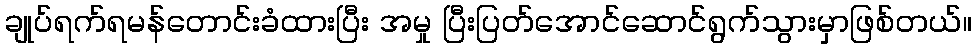
ချုပ်ရက်ရမန်တောင်းခံထားပြီး အမှု ပြီးပြတ်အောင်ဆောင်ရွက်သွားမှာဖြစ်တယ်။